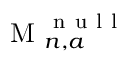
\mathrm { ~ M ~ } _ { n , a } ^ { \mathrm { ~ n ~ u ~ l ~ l ~ } }